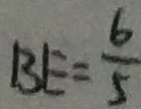
B E = \frac { 6 } { 5 }